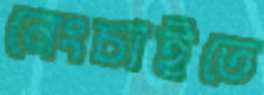
নেংচাইতে